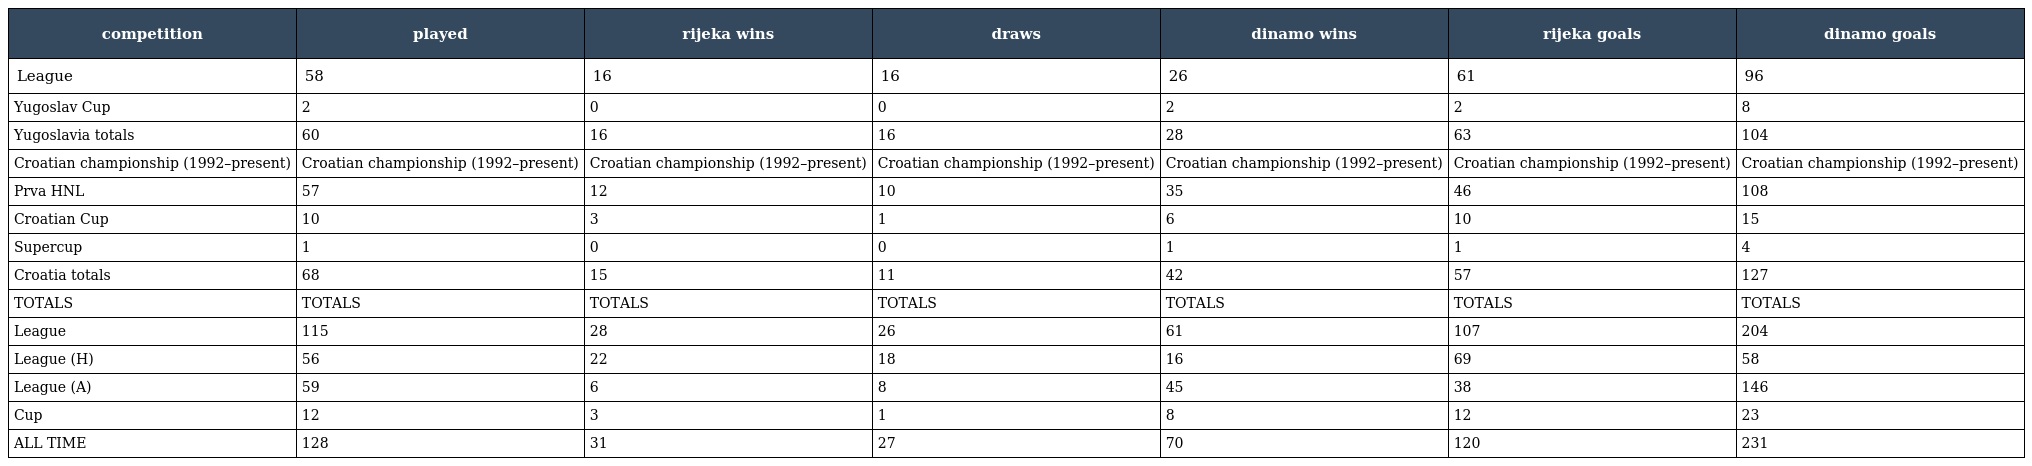
| competition | played | rijeka wins | draws | dinamo wins | rijeka goals | dinamo goals |
 | --- | --- | --- | --- | --- | --- | --- |
 | League | 58 | 16 | 16 | 26 | 61 | 96 |
 | Yugoslav Cup | 2 | 0 | 0 | 2 | 2 | 8 |
 | Yugoslavia totals | 60 | 16 | 16 | 28 | 63 | 104 |
 | Croatian championship (1992–present) | Croatian championship (1992–present) | Croatian championship (1992–present) | Croatian championship (1992–present) | Croatian championship (1992–present) | Croatian championship (1992–present) | Croatian championship (1992–present) |
 | Prva HNL | 57 | 12 | 10 | 35 | 46 | 108 |
 | Croatian Cup | 10 | 3 | 1 | 6 | 10 | 15 |
 | Supercup | 1 | 0 | 0 | 1 | 1 | 4 |
 | Croatia totals | 68 | 15 | 11 | 42 | 57 | 127 |
 | TOTALS | TOTALS | TOTALS | TOTALS | TOTALS | TOTALS | TOTALS |
 | League | 115 | 28 | 26 | 61 | 107 | 204 |
 | League (H) | 56 | 22 | 18 | 16 | 69 | 58 |
 | League (A) | 59 | 6 | 8 | 45 | 38 | 146 |
 | Cup | 12 | 3 | 1 | 8 | 12 | 23 |
 | ALL TIME | 128 | 31 | 27 | 70 | 120 | 231 |